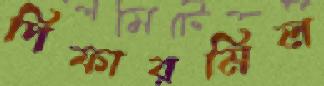
পিফারমিল